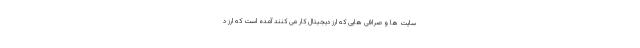
سایت ها و صرافی هایی که ارز دیجیتال کار می کنند آمده است که ارز د